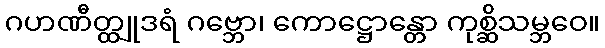
ဂဟဏီတ္ထျုဒရံ ဂဗ္ဘော၊ ကောဋ္ဌောန္တော ကုစ္ဆိသမ္ဘဝေ။